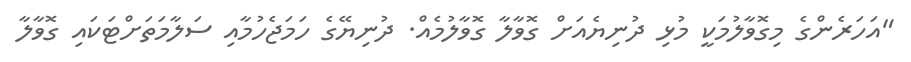
"އަހަރެންގެ މިގޮވާލުމަކީ މުޅި ދުނިޔެއަށް ގޮވާލާ ގޮވާލުމެއް. ދުނިޔޭގެ ހަމަޖެހުމާއި ސަލާމަތަށްޓަކައި ގޮވާލާ